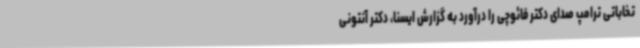
تخاباتی ترامپ صدای دکتر فائوچی را درآورد به گزارش ایسنا، دکتر آنتونی